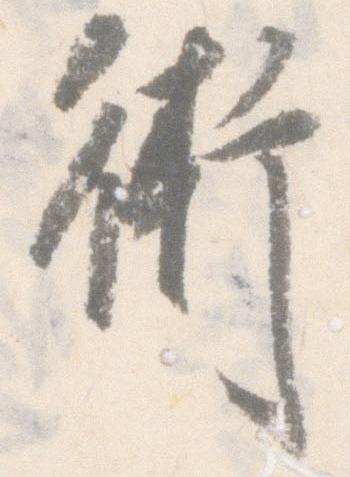
術